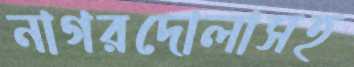
নাগরদোলাসহ